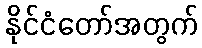
နိုင်ငံတော်အတွက်